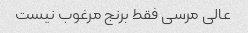
عالی مرسی فقط برنج مرغوب نیست